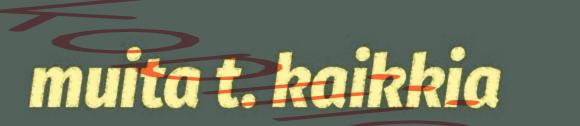
muita t. kaikkia